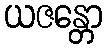
ယဇန္တော